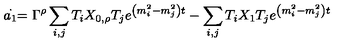
\stackrel { . } { a _ { 1 } } = \Gamma ^ { \rho } \sum _ { i , j } T _ { i } X _ { 0 , \rho } T _ { j } e ^ { \left( m _ { i } ^ { 2 } - m _ { j } ^ { 2 } \right) t } - \sum _ { i , j } T _ { i } X _ { 1 } T _ { j } e ^ { \left( m _ { i } ^ { 2 } - m _ { j } ^ { 2 } \right) t }